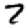
Digit: 7